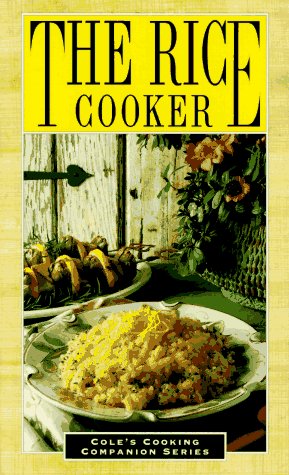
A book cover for The Rice Cooker (Cole's Cooking Companion Series); The Cole Publishing Group; Cookbooks, Food & Wine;